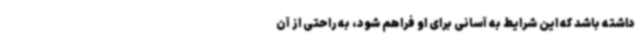
داشته باشد که این شرایط به آسانی برای او فراهم شود، به راحتی از آن